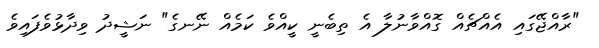
"ރާއްޖޭގައި އެއްޗެއް ގޮއްވާނުލާ އެ ތިބެނީ ކީއްވެ ކަމެއް ނޭނގެ" ނަޝީދު ވިދާޅުވެފައިވެ